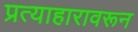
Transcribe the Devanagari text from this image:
प्रत्याहारावरून